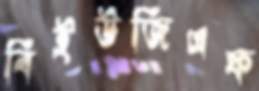
বিইউজিএফ